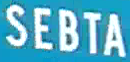
SEBTA